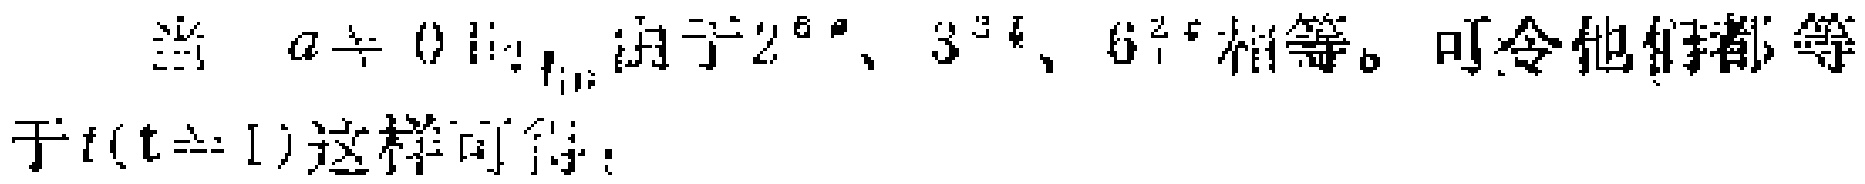
当 \(a\neq 0\) 时，由于 \(2^{5a}\)、\(3^{3b}\)、\(6^{2c}\) 相等。可令它们都等于 \(t(t\neq 1)\) 这样可得：